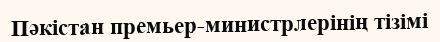
Пәкістан премьер-министрлерінің тізімі